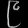
Digit: ၉